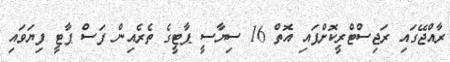
ރާއްޖޭގައި ރަޖިސްޓްރީކޮށްފައި އޮތް 16 ސިޔާސީ ޕާޓީގެ ތެރެއިން ފަސް ޕާޓީ ފިޔަވައި